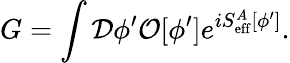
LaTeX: G=\int{\cal D}\phi^{\prime}{\cal O}[\phi^{\prime}]e^{iS_{\mathrm{eff}}^{A}[\phi^{\prime}]}.